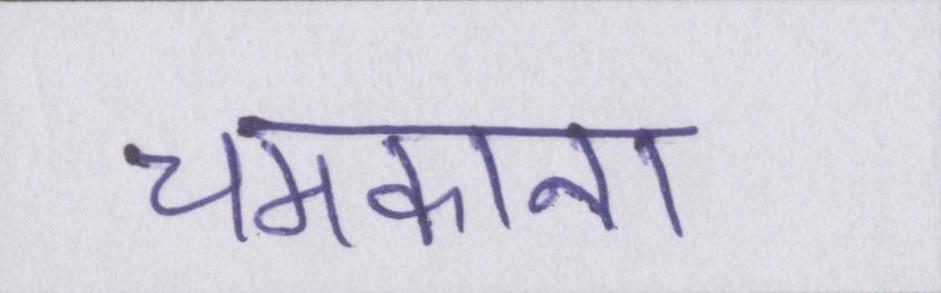
चमकाना